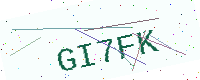
Text: GI7FK